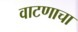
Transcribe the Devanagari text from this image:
वाटणाचा